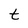
Character: t